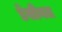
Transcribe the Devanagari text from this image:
डेसीबल